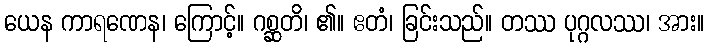
ယေန ကာရဏေန၊ ကြောင့်။ ဂစ္ဆတိ၊ ၏။ ဧတံ၊ ခြင်းသည်။ တဿ ပုဂ္ဂလဿ၊ အား။